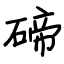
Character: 碲